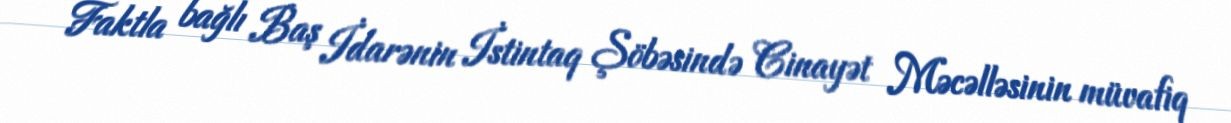
Faktla bağlı Baş İdarənin İstintaq Şöbəsində Cinayət Məcəlləsinin müvafiq